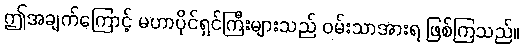
ဤအချက်ကြောင့် မဟာပိုင်ရှင်ကြီးများသည် ဝမ်းသာအားရ ဖြစ်ကြသည်။